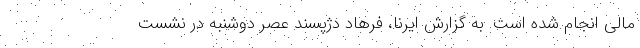
مالی انجام شده است. به گزارش ایرنا، فرهاد دژپسند عصر دوشنبه در نشست